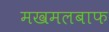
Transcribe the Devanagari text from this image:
मखमलबाफ